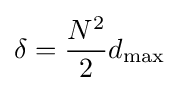
\delta ={\frac {N^{2}}{2}}d_{\max }